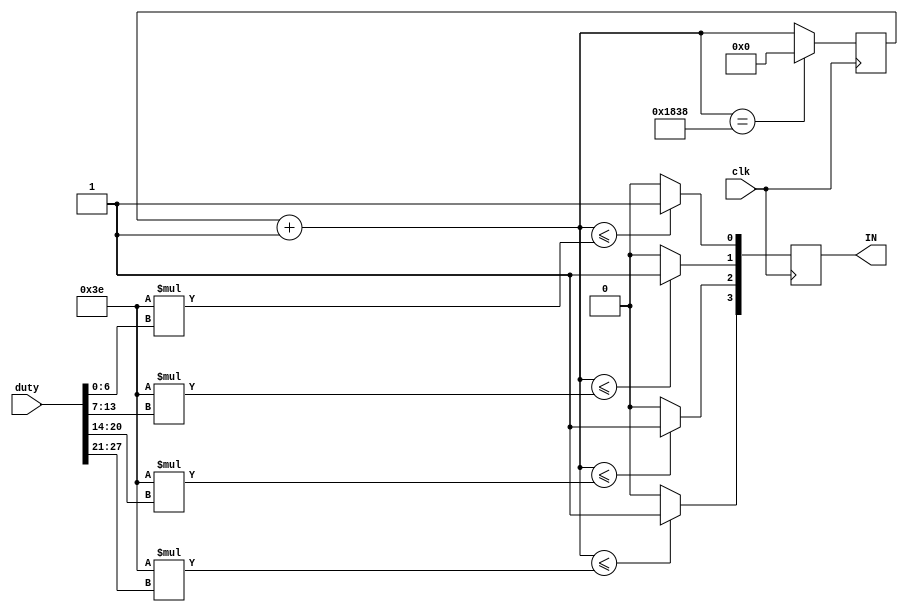
module PWM_generator 
(
	input 					clk	,
	input  		[27:0] 	duty	,	//proslijeene (iz modula "algoritamKretanja") vrijednosti duty za svaki od ulaza 
											//driver-a L298N(za svaki ulaz duty zapisan sa 7 bita -> 4*7=28 bita registar)
	output reg 	[ 3:0] 	IN			//izlazi na driver (ulazi driver-a oznaceni sa IN1, IN2, IN3, IN4) 	
);

//Na driver dovodimo PWM signale frekvencije 8kHz to odgovara 6250 klok ciklusa 50MHz-nog kloka. Zbog lakeg prorauna
//ispunjenosti impulsom (piemo 62*duty), umjesto 6250 uzet emo 6200 ciklusa pri emu se frekvencija vrlo malo promijeni
reg [12:0] counter; //maksimalna vrijednost za counter 6200 -> dovoljno 13 bita za spremanje vrijednosti

always@(posedge clk)
begin
	counter = counter + 1;
	if(counter <= 62*duty[6:0])	
		IN[0] <= 1;
	else 
		IN[0] <= 0;
	
		if(counter <= 62*duty[13:7])
		IN[1] <= 1;
	else 
		IN[1] <= 0;
		
	if(counter <= 62*duty[20:14])
		IN[2] <= 1;
	else 
		IN[2] <= 0;
				
	if(counter <= 62*duty[27:21])
		IN[3] <= 1;
	else 
		IN[3] <= 0;
	
	if(counter == 6200)
		counter <= 0;
end

endmodule